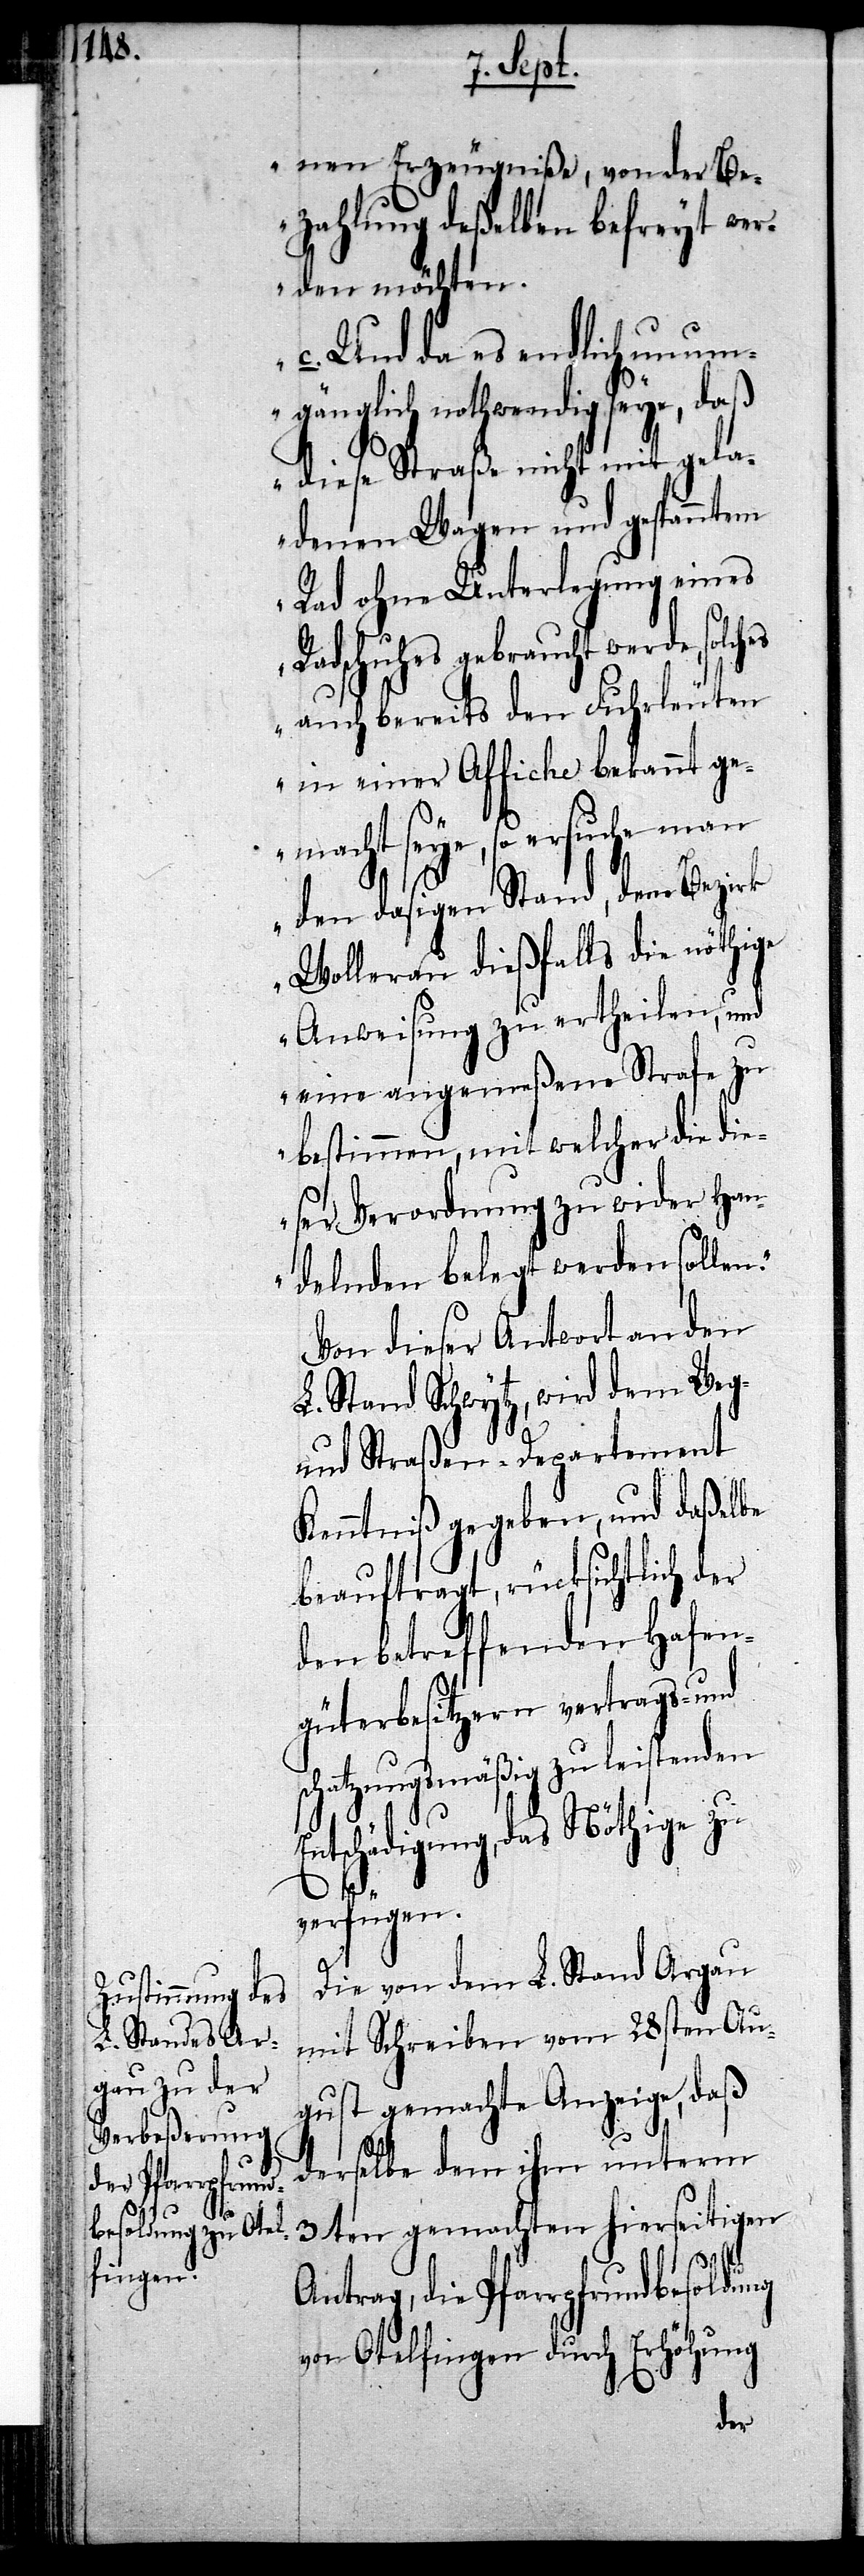
nen Erzeugniße, von der Be¬
zahlung deßelben befreyt wer¬
den möchten.
c.) Und da es endlich un¬
umgänglich nothwendig seye, daß
diese Straße nicht mit gela¬
denen Wagen und gespanntem
Rad ohne Unterlegung eines
Radschuhes gebraucht werde, solch¬
auch bereits den Fuhrleuten
in einer Affiche bekannt ge¬
macht seye, so ersuche man
den dasigen Stand, dem Bezirk
Wollerau dießfalls die nöthige
Anweisung zu ertheilen, und
eine angemeßene Strafe zu
bestimmen, mit welcher die di¬
eser Verordnung zu wider Han¬
delnden belegt werden sollen.“
Von dieser Antwort an den
L. Stand Schwytz, wird dem Weg-
und Straßen-Departement
Kenntniß gegeben, und daßelbe
beauftragt, rücksichtlich der
den betreffenden Hafen¬
güterbesitzern vertrags- und
schatzungsmäßig zu leistenden
Entschädigung, das Nöthige zu
es
verfügen.
Die von dem L. Stand Argau
mit Schreiben vom 28sten Au¬
gust gemachte Anzeige, daß
derselbe dem ihm unterm
3ten gemachten hierseitigen
Antrag, die Pfarrpfrundbesoldung
von Otelfingen durch Erhöhung